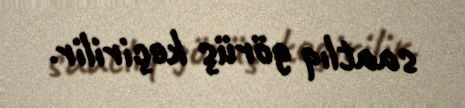
saatlıq görüş keçirilir.